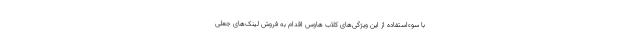
با سوء‌استفاده از این ویژگی‌های کلاب هاوس اقدام به فروش لینک‌های جعلی